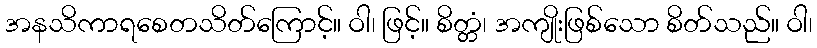
အနသိကာရစေတသိတ်ကြောင့်။ ဝါ၊ ဖြင့်။ စိတ္တံ၊ အကျိုးဖြစ်သော စိတ်သည်။ ဝါ၊